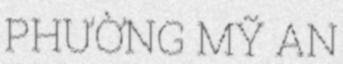
PHƯỜNG MỸ AN